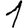
Digit: 1